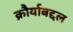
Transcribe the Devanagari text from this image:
क्रौर्याबद्दल